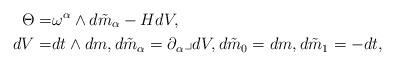
LaTeX: \begin{align*}\Theta=&\omega^\alpha\wedge d\tilde{m}_\alpha-H dV, \\dV=&dt\wedge dm, d\tilde{m}_\alpha=\partial_\alpha\lrcorner dV, d\tilde{m}_0=dm, d\tilde{m}_1=-dt, \end{align*}